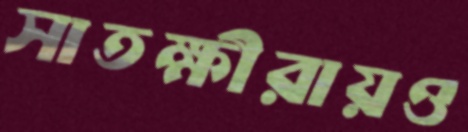
সাতক্ষীরায়ও